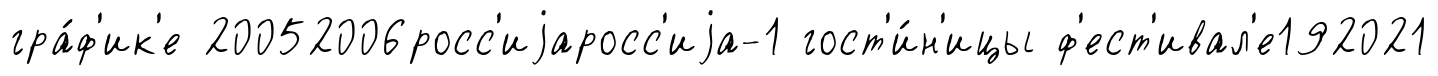
гра́ф'ик'е 20052006росс'иjаросс'иjа-1 гост'и́н'ицы ф'ест'ивал'е192021